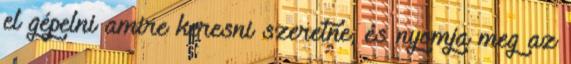
el gépelni amire keresni szeretne, és nyomja meg az